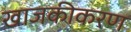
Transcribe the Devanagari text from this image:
खाजकीकरण